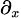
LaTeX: \scriptstyle\partial_{x}